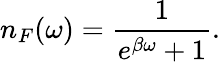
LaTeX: n_{F}(\omega)=\frac{1}{e^{\beta\omega}+1}.